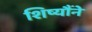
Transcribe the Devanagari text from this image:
शिष्यौंने